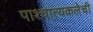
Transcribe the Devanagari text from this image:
पाश्चात्यकलेची